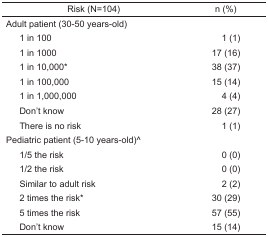
| Risk (N=104) | n (%) |
 | --- | --- |
 | Adult patient (30–50 years-old) |  |
 | 1 in 100 | 1 (1) |
 | 1 in 1000 | 17 (16) |
 | 1 in 10,000* | 38 (37) |
 | 1 in 100,000 | 15 (14) |
 | 1 in 1,000,000 | 4 (4) |
 | Don’t know | 28 (27) |
 | There is no risk | 1 (1) |
 | Pediatric patient (5–10 years-old)^ |  |
 | 1/5 the risk | 0 (0) |
 | 1/2 the risk | 0 (0) |
 | Similar to adult risk | 2 (2) |
 | 2 times the risk* | 30 (29) |
 | 5 times the risk | 57 (55) |
 | Don’t know | 15 (14) |